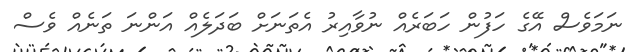
ނަމަވެސް އޭގެ ހަފުން ހަބަރެއް ނުވާއިރު އެތަނަށް ބަދަލެއް އަންނަ ތަނެއް ވެސް